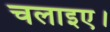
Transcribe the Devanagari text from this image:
चलाइए।